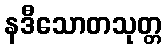
နဒီသောတသုတ္တ